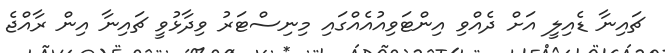
ޗައިނާ ޑެއިލީ އަށް ދެއްވި އިންޓަވިއުއެއްގައި މިނިސްޓަރު ވިދާޅުވީ ޗައިނާ އިން ރާއްޖެ